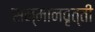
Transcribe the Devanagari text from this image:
सन्मानवृत्ती